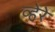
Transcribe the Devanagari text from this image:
व्हेरे